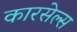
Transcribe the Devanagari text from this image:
कारसेल्स